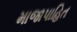
માજાપાહિત